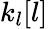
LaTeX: k_{l}[l]